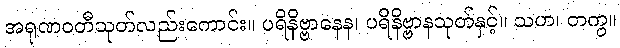
အရုဏဝတီသုတ်လည်းကောင်း။ ပရိနိဗ္ဗာနေန၊ ပရိနိဗ္ဗာနသုတ်နှင့်။ သဟ၊ တကွ။